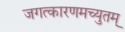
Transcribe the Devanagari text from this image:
जगत्कारणमच्युतम्